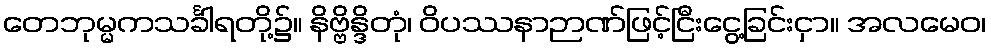
တေဘုမ္မကသင်္ခါရတို့၌။ နိဗ္ဗိန္ဒိတုံ၊ ဝိပဿနာဉာဏ်ဖြင့်ငြီးငွေ့ခြင်းငှာ။ အလမေဝ၊